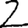
Digit: 2